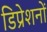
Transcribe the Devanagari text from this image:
डिप्रेशनों